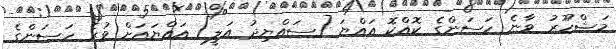
މަޝްހޫރު ވާނެ ހަސަންގެ ކޮއްކޮ އައްޔަ [ސައްޔިދު އަލީ] އައްޔައަށް ވުރެ ހަސަންގެ